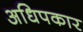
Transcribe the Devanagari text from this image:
अधिपकार